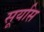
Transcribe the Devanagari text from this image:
सूर्यास